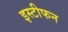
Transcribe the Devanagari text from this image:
इस्टीफन